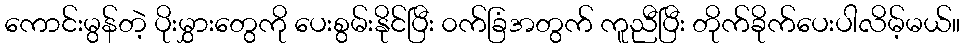
ကောင်းမွန်တဲ့ ပိုးမွှားတွေကို ပေးစွမ်းနိုင်ပြီး ၀က်ခြံအတွက် ကူညီပြီး တိုက်ခိုက်ပေးပါလိမ့်မယ်။